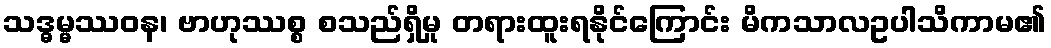
သဒ္ဓမ္မဿဝန၊ ဗာဟုဿစ္စ စသည်ရှိမှု တရားထူးရနိုင်ကြောင်း မိကသာလဥပါသိကာမ၏